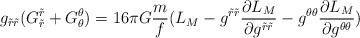
LaTeX: \begin{align*}g_{\tilde{r}\tilde{r}}(G^{\tilde{r}}_{\tilde{r}}+G^{\theta}_{\theta})=16\pi G\frac{m}{f}(L_M-g^{\tilde{r}\tilde{r}}\frac{\partial L_M}{\partial g^{\tilde{r}\tilde{r}}}-g^{\theta\theta}\frac{\partial L_M}{\partial g^{\theta\theta}})\end{align*}